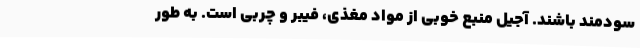
سودمند باشند. آجیل منبع خوبی از مواد مغذی، فیبر و چربی است. به طور